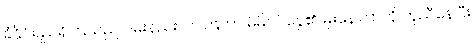
ခံနိုင်ရည်ရှိကြသည် ဝမ်းနည်းလာကြကာ မိမိဝင်ငွေ၏ မိုးနေကြာကို ကူညီနေပြီး